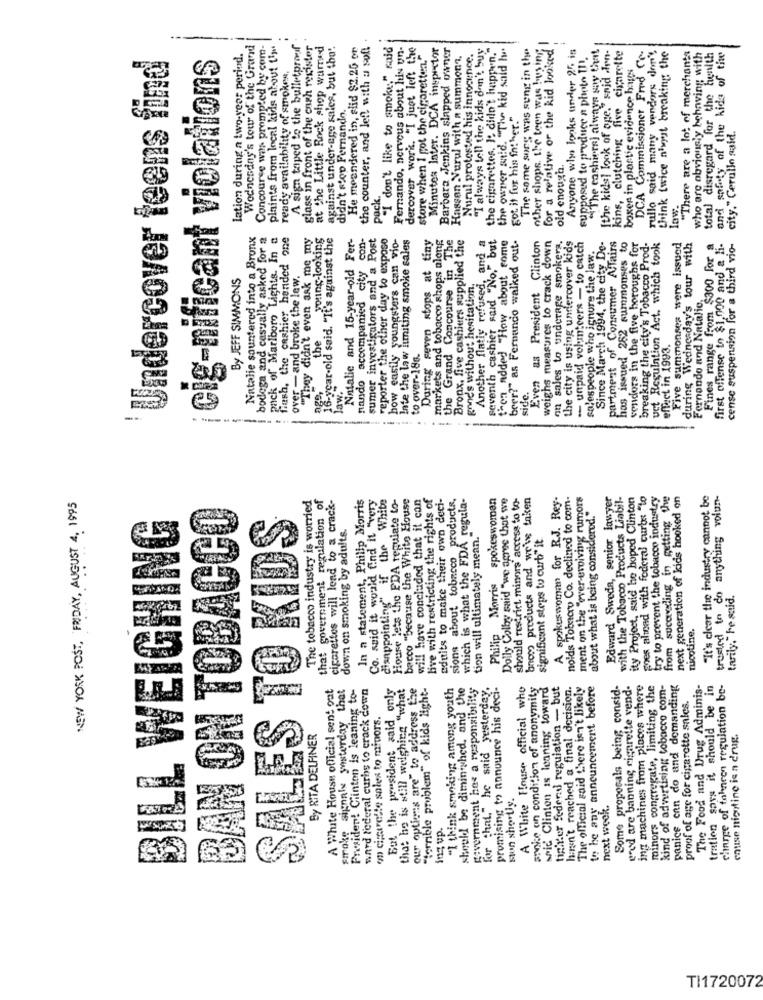
Wednesday's tour of the Grand
Concourse was prompted by com-
plaints from local kids about time
..
A sign taped to the bulletproof
glass in front of the cash register
at the Little Rock shop warned
against under-age sales, but the".
He meandered in, slid $2.26 on
the counter, and left with a soft
""I don't like to smoke," said
Fernando, nervous about his un-
dercover work. "I just left the
store when I got the cigaretten."
Minutes later. DCA inspector
Barbera Jenkins slapped owner
"I always tell the kids don't buy
the cigarettes. Io didn't happen."
the owner anid. "The kid said he
The some surg was sung in the
other shops, the teen was buying
for a relative or the kid looked!
Anyone who looks under 2% is
"The cashiera) always say that
Ithe kids! lonk of age," said Ien-
kins, clutching five cigarette
DCA Commissioner Fred Ce-
rullo said many vendors don't
think twice n'est breaking the
"There are a lot of merchanta
total disregard for the health
and safety of the kids of tiwe
Undercover teens find
cig-nificant violations
lation during a two-year period.
Hassan Vurul with a summons,
Nurul protested his innocence.
supposed to produce a photo II.
who are obviously behaving with
ready availability of smokea.
boxes in plastic evidence haus
didn't stop Fernando.
got it for his father."
city." Cerullo said.
old enough,
low
Natalie sountered into a Bronx
bodega and casually asked for a
pack of Marlboro Lights. In a
flash, the cashier hended one
"They didn't even ask me my
young-looking
16-year-old said. "It's against the
Natalie and 15-year-old Fer-
nando accompanied city con-
sumer investigators and a Post
reporter the other day to expose
how easily youngsters can vio-
Inte the law limiting smoke sales
During seven stops at tiny
markets and tobacco shops along
Bronx, five cashiers supplied the
Another flatiy refused, and a
seventh cashier said "No," but
then added "How about come
beer?" as Fernando walked out-
Even as President Clinton
weighs measures to crack down
partment of Consumer ATairs
ust Regulation Act. which took
cense suspension for a third vio-
on sales to underage smokers.
the city is using undercover kids
-- unpaid volunteers - to catch
salespeople who ignore the law.
Since March 1994, the city De-
has issued 252 summonses to
vendors in the five boroughs for
breaking the city's Tobacco Prod
Five summonses were issued
during Wednesday's tour with
Fines range from $300 for a
first offense to $1,000 and a li-
the Grand Concourse in 1
By JEFF SIMMONS
er - and broke the lew.
gone's without hesitation.
Fernando and Natalio.
the
effect in 1993.
to over-18s.
Jaw.
side.
--------..
NEW YORK POST, FRIDAY, AUGUST 4. 1995
The tobacco industry is worried
that government regulation of
In a statement, Philip Morris
Co. said it would find It "very
disappointing" if the White
House lets the FDA regulate to-
bacco "because the White House
will have concluded that it can
live with restricting the rights of
aduits to make their own deci-
sions about tobacco products,
tion will ultimately mens Legula-
Philip Morris spokeswoman
Dolly Colby said "we agree that we
should restrict minors' access to to-
bnot products and we've taken
A spokeswoman for R.J. Rey-
nolds Tobeoxy Co. declined to com.
ment on the "over-evolving rumors
Edward Sweda, senior lawyer
with the Tobacco Products Liabil-
ity Project, said he hoped Clinton
goes alinad with foderal curtet "to
try to prevent the tobacco industry
from sucoding in getting the
next generation of kids hooked on
"It's clear the industry cannot be
trusted to do anything volun-
BAN ON TOBACCO
cigarettes will lead to a crack-
about what is being considered."
BILL WEIGHING
SALES TO KIDS
down on smoking by adults.
which is what the FDA
significant steps to curb" it.
tarily," he said.
nicotine.
A White House official sent out
smoke signals yesterday that
President Clinton is leaning to-
ward federal curbs to crack down
But the president said only
that he is still weighing "what
our options are" to address the
"terrible problem" of kids light-
"I think smoking among youth
should be diminished, and the
government hoe a responsibility
promising to announce his deci-
A White House official who
annie on condition of anonymity
seit Clinton is leaning toward
tiniver feder regulation - but
hasn't reached a final decision.
The official said there isn't likely
to be any announcement before
Some proposals being consid-
grad are banning cigarette vend-
ing machines from places where
minors congregate, limiting the
kind of advertising tobacco com-
panice enn do and demanding
The Food and Drug Adminis-
tration says it should be in
charge of fahneon regulation be-
for that." he said yesterde
proof of age for cigarette sales.
on cigarette sales to minors.
By RITA DELFINER
cause nicotine is a drug.
stun shortly.
next week.
ing up.
TI1720072